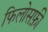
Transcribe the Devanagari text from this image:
फिलोसफ़ी